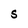
Character: S